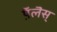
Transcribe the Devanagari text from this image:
प़ॅलॆस्